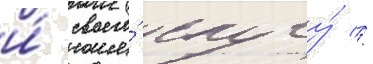
и́ своего́ слугу́ //